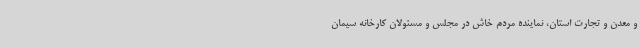
و معدن و تجارت استان، نماینده مردم خاش در مجلس و مسئولان کارخانه سیمان